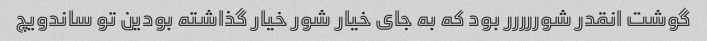
گوشت انقدر شوررررر بود که به جاى خیار شور خیار گذاشته بودین تو ساندویچ